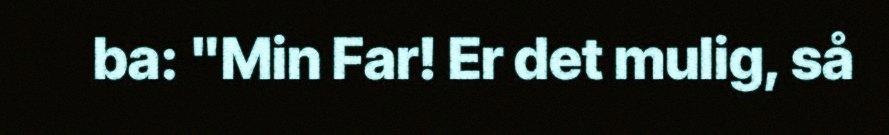
ba: "Min Far! Er det mulig, så